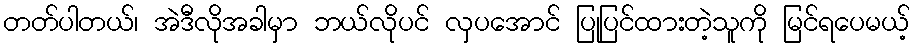
တတ်ပါတယ်၊ အဲဒီလိုအခါမှာ ဘယ်လိုပင် လှပအောင် ပြုပြင်ထားတဲ့သူကို မြင်ရပေမယ့်